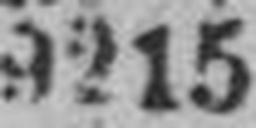
9215